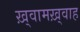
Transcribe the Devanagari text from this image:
ख़्वामख़्वाह